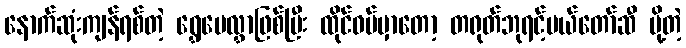
နောက်ဆုံးကျန်ရစ်တဲ့ ရွှေပေလွှာဖြစ်ပြီး ထိုင်ဝမ်မှာတော့ တရုတ်ဘုရင့်မယ်တော်ဆီ ပို့တဲ့